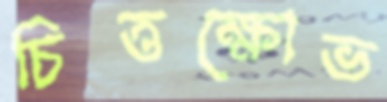
চিত্তক্ষোভ